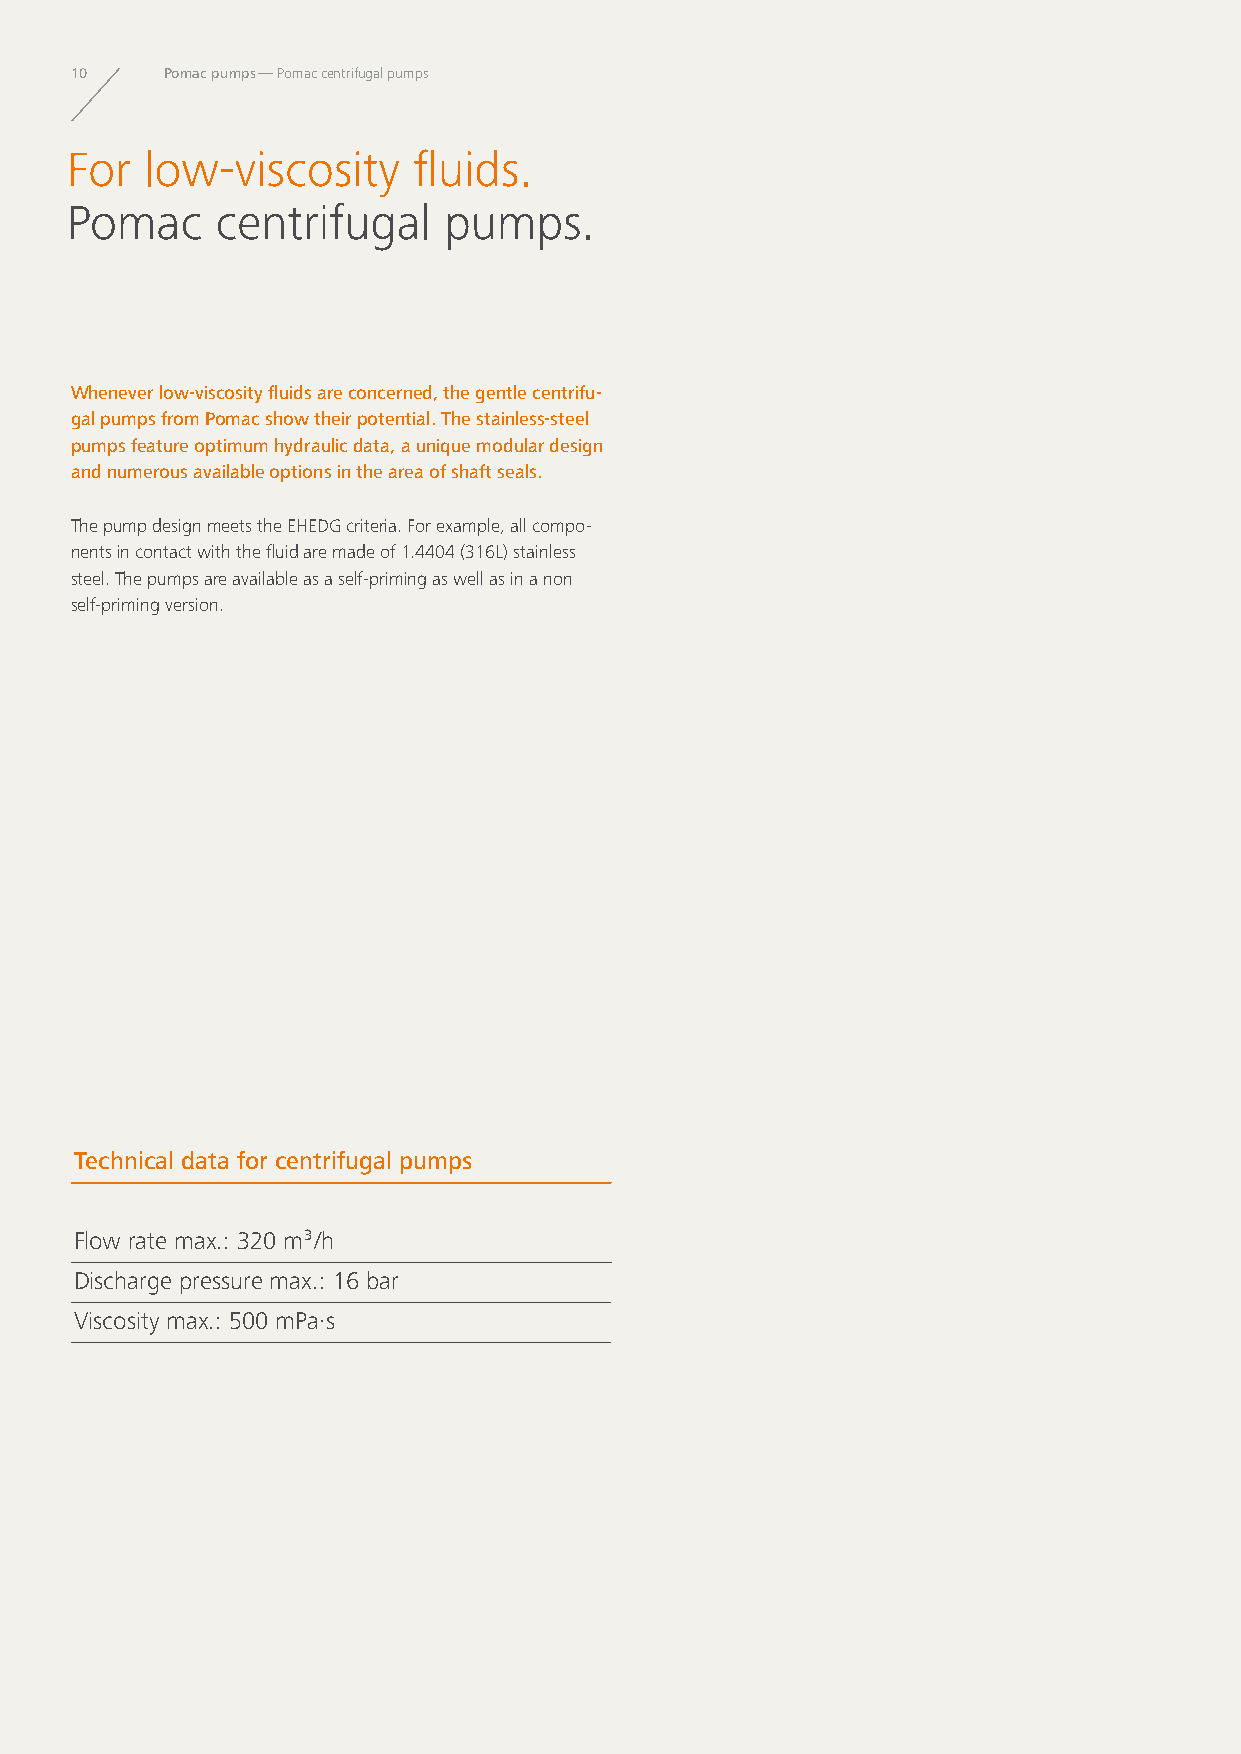
10    Pomac pumps — Pomac centrifugal pumps
 For   low-viscosity    fluids.
 Pomac     centrifugal    pumps.
 Whenever low-viscosity fluids are concerned, the gentle centrifu-
 gal pumps from Pomac show their potential. The stainless-steel
 pumps feature optimum hydraulic data, a unique modular design
 and numerous available options in the area of shaft seals.
 The pump design meets the EHEDG criteria. For example, all compo-
 nents in contact with the fluid are made of 1.4404 (316L) stainless
 steel. The pumps are available as a self-priming as well as in a non
 self-priming version.
 Technical data for centrifugal pumps
 Flow rate max.: 320 m³/h
 Discharge pressure max.: 16 bar
 Viscosity max.: 500 mPa·s